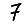
Digit: 7